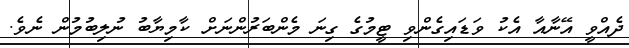
ދެއްވީ އޭނާއާ އެކު ވަޑައިގެންވި ޓީމުގެ ގިނަ މެންބަރުންނަށް ކާމިޔާބު ނުލިބުމުން ނެވެ.